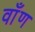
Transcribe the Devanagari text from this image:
वाँण